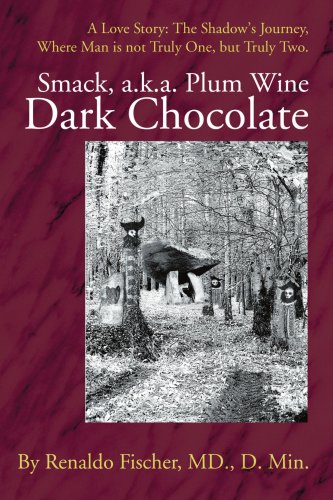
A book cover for Smack, a.k.a. Plum Wine Dark Chocolate: A Love Story: The Shadow's Journey,Where Man is not Truly One, but Truly Two.; Estate of Renaldo Fischer MD; Medical Books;